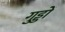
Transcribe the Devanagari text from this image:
गुड्डों